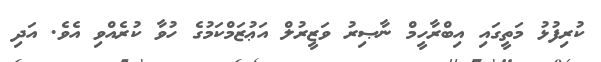
ކުރިފުޅު މަތީގައި އިބްރާހީމް ނާޞިރު ވަޒީރުލް އަޢުޒަމްކަމުގެ ހުވާ ކުރެއްވި އެވެ. އަދި